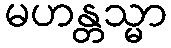
မဟန္တသ္မာ